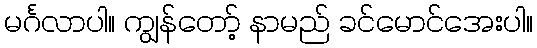
မင်္ဂလာပါ။ ကျွန်တော့် နာမည် ခင်မောင်အေးပါ။